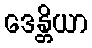
ဒေန္တိယာ